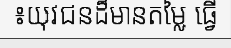
៖យុវជនដ៏មានតម្លៃ ធ្វើ